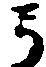
弓